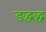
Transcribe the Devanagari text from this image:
ङद्वद्ध